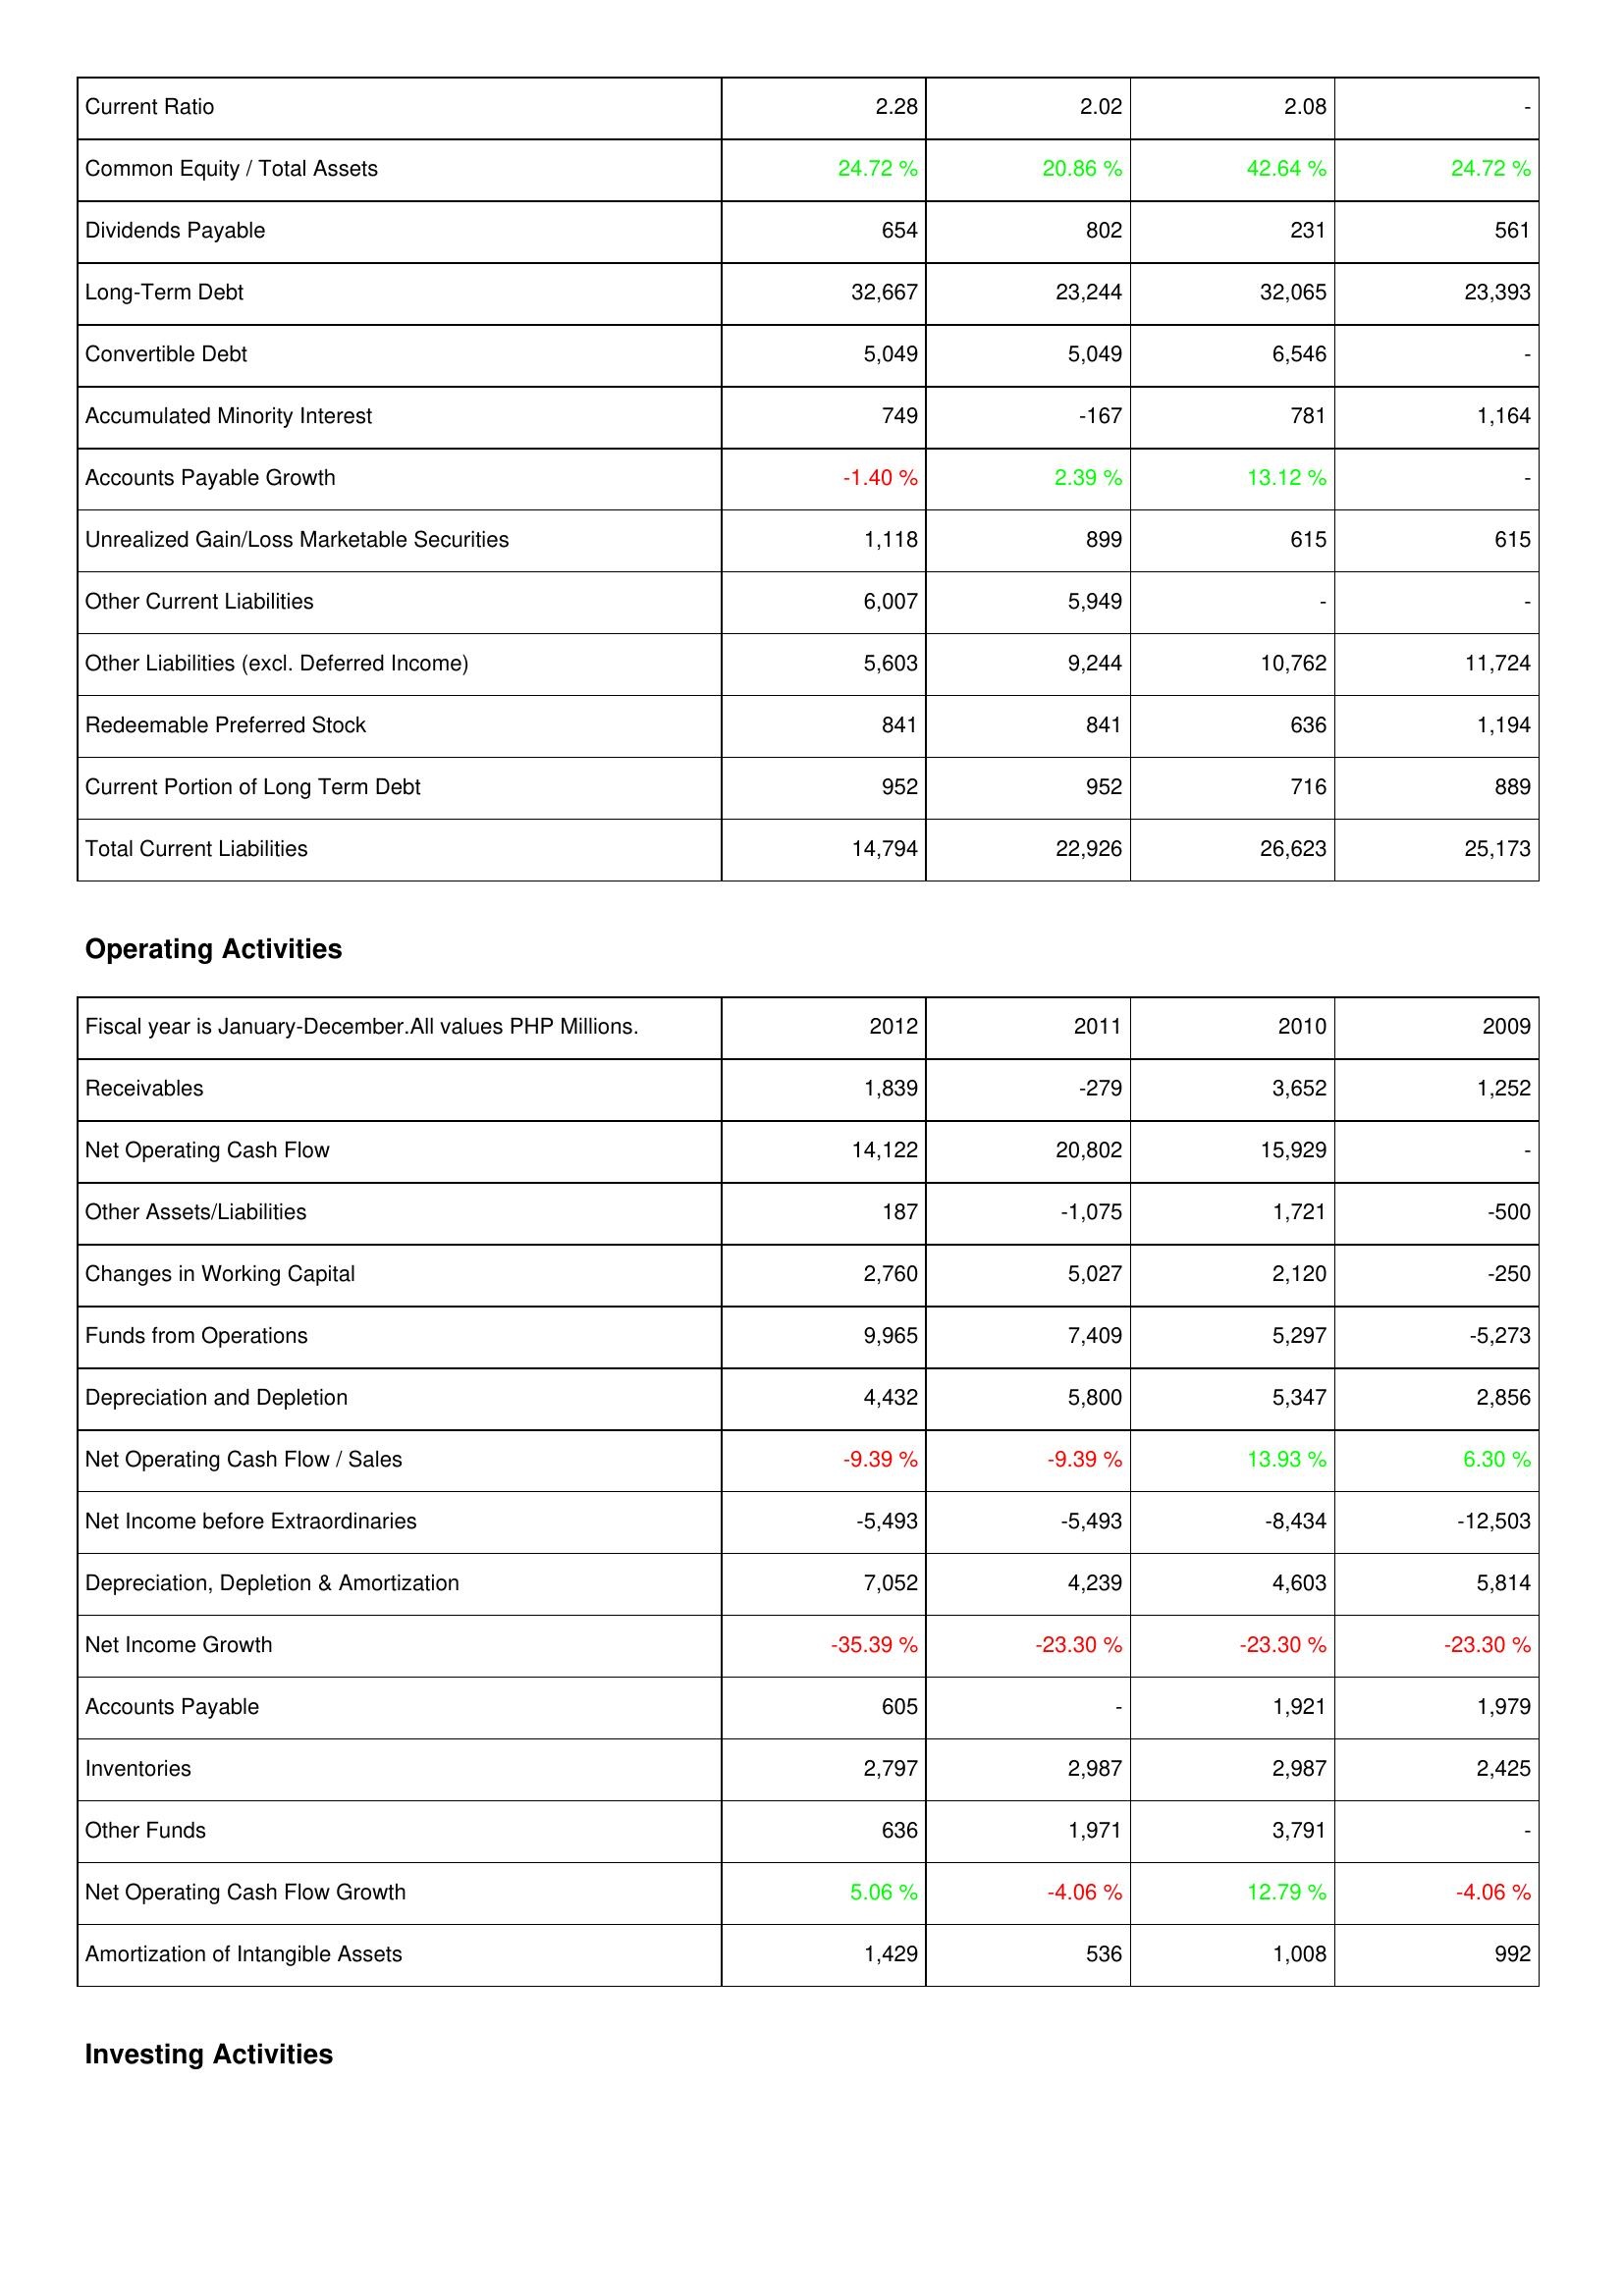
2012: Liabilities & Shareholders' Equity: Current Ratio: 2.28
Common Equity / Total Assets: 24.72 %
Dividends Payable: 654
Long-Term Debt: 32,667
Convertible Debt: 5,049
Accumulated Minority Interest: 749
Accounts Payable Growth: -1.40 %
Unrealized Gain/Loss Marketable Securities: 1,118
Other Current Liabilities: 6,007
Other Liabilities (excl. Deferred Income): 5,603
Redeemable Preferred Stock: 841
Current Portion of Long Term Debt: 952
Total Current Liabilities: 14,794
Operating Activities: Receivables: 1,839
Net Operating Cash Flow: 14,122
Other Assets/Liabilities: 187
Changes in Working Capital: 2,760
Funds from Operations: 9,965
Depreciation and Depletion: 4,432
Net Operating Cash Flow / Sales: -9.39 %
Net Income before Extraordinaries: -5,493
Depreciation, Depletion & Amortization: 7,052
Net Income Growth: -35.39 %
Accounts Payable: 605
Inventories: 2,797
Other Funds: 636
Net Operating Cash Flow Growth: 5.06 %
Amortization of Intangible Assets: 1,429
2011: Liabilities & Shareholders' Equity: Current Ratio: 2.02
Common Equity / Total Assets: 20.86 %
Dividends Payable: 802
Long-Term Debt: 23,244
Convertible Debt: 5,049
Accumulated Minority Interest: -167
Accounts Payable Growth: 2.39 %
Unrealized Gain/Loss Marketable Securities: 899
Other Current Liabilities: 5,949
Other Liabilities (excl. Deferred Income): 9,244
Redeemable Preferred Stock: 841
Current Portion of Long Term Debt: 952
Total Current Liabilities: 22,926
Operating Activities: Receivables: -279
Net Operating Cash Flow: 20,802
Other Assets/Liabilities: -1,075
Changes in Working Capital: 5,027
Funds from Operations: 7,409
Depreciation and Depletion: 5,800
Net Operating Cash Flow / Sales: -9.39 %
Net Income before Extraordinaries: -5,493
Depreciation, Depletion & Amortization: 4,239
Net Income Growth: -23.30 %
Accounts Payable: -
Inventories: 2,987
Other Funds: 1,971
Net Operating Cash Flow Growth: -4.06 %
Amortization of Intangible Assets: 536
2010: Liabilities & Shareholders' Equity: Current Ratio: 2.08
Common Equity / Total Assets: 42.64 %
Dividends Payable: 231
Long-Term Debt: 32,065
Convertible Debt: 6,546
Accumulated Minority Interest: 781
Accounts Payable Growth: 13.12 %
Unrealized Gain/Loss Marketable Securities: 615
Other Current Liabilities: -
Other Liabilities (excl. Deferred Income): 10,762
Redeemable Preferred Stock: 636
Current Portion of Long Term Debt: 716
Total Current Liabilities: 26,623
Operating Activities: Receivables: 3,652
Net Operating Cash Flow: 15,929
Other Assets/Liabilities: 1,721
Changes in Working Capital: 2,120
Funds from Operations: 5,297
Depreciation and Depletion: 5,347
Net Operating Cash Flow / Sales: 13.93 %
Net Income before Extraordinaries: -8,434
Depreciation, Depletion & Amortization: 4,603
Net Income Growth: -23.30 %
Accounts Payable: 1,921
Inventories: 2,987
Other Funds: 3,791
Net Operating Cash Flow Growth: 12.79 %
Amortization of Intangible Assets: 1,008
2009: Liabilities & Shareholders' Equity: Current Ratio: -
Common Equity / Total Assets: 24.72 %
Dividends Payable: 561
Long-Term Debt: 23,393
Convertible Debt: -
Accumulated Minority Interest: 1,164
Accounts Payable Growth: -
Unrealized Gain/Loss Marketable Securities: 615
Other Current Liabilities: -
Other Liabilities (excl. Deferred Income): 11,724
Redeemable Preferred Stock: 1,194
Current Portion of Long Term Debt: 889
Total Current Liabilities: 25,173
Operating Activities: Receivables: 1,252
Net Operating Cash Flow: -
Other Assets/Liabilities: -500
Changes in Working Capital: -250
Funds from Operations: -5,273
Depreciation and Depletion: 2,856
Net Operating Cash Flow / Sales: 6.30 %
Net Income before Extraordinaries: -12,503
Depreciation, Depletion & Amortization: 5,814
Net Income Growth: -23.30 %
Accounts Payable: 1,979
Inventories: 2,425
Other Funds: -
Net Operating Cash Flow Growth: -4.06 %
Amortization of Intangible Assets: 992